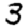
Digit: 3